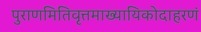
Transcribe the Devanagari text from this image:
पुराणमितिवृत्तमाख्यायिकोदाहरणं